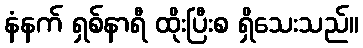
နံနက် ရှစ်နာရီ ထိုးပြီးစ ရှိသေးသည်။